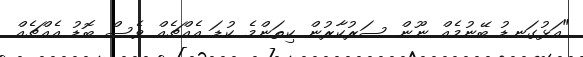
"އަޅުގަނޑު ބޭނުމެއް ނޫން ސަރުކާރުން ކިތަންމެ ކުޑަ އެއްޗެއް ވެސް ބޮޑު އެއްޗެއް